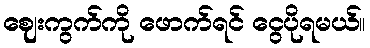
ဈေးကွက်ကို ဖောက်ရင် ငွေပိုရမယ်။